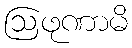
ဩဖုဏာမိ